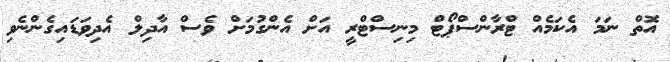
އޮތް ނަމަ އެކަމެއް ޓްރާންސްޕޯޓް މިނިސްޓްރީ އަށް އެންގުމަށް ވެސް އާދިލް އެދިވަޑައިގެންނެވި